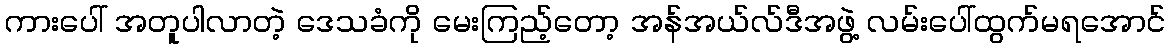
ကားပေါ် အတူပါလာတဲ့ ဒေသခံကို မေးကြည့်တော့ အန်အယ်လ်ဒီအဖွဲ့ လမ်းပေါ်ထွက်မရအောင်